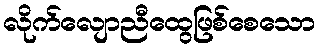
လိုက်လျောညီထွေဖြစ်စေသော